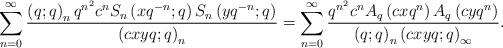
LaTeX: \begin{align*}\sum_{n=0}^{\infty}\frac{\left(q;q\right)_{n}q^{n^{2}}c^{n}S_{n}\left(xq^{-n};q\right)S_{n}\left(yq^{-n};q\right)}{\left(cxyq;q\right)_{n}}=\sum_{n=0}^{\infty}\frac{q^{n^{2}}c^{n}A_{q}\left(cxq^{n}\right)A_{q}\left(cyq^{n}\right)}{\left(q;q\right)_{n}\left(cxyq;q\right)_{\infty}}.\end{align*}